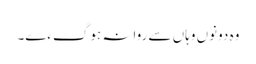
وہ دونوں وہاں سے روانہ ہوگءے۔